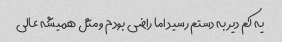
یه کم دیر به دستم رسید اما راضی بودم و مثل همیشه عالی